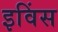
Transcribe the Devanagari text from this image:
इविंस